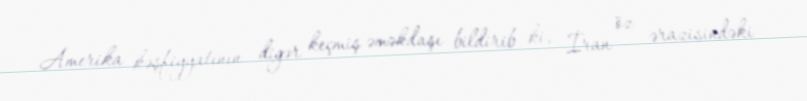
Amerika kəşfiyyatının digər keçmiş əməkdaşı bildirib ki, İran öz ərazisindəki